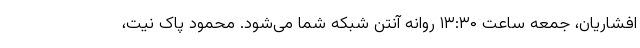
افشاریان، جمعه ساعت ۱۳:۳۰ روانه آنتن شبکه شما می‌شود. محمود پاک نیت،